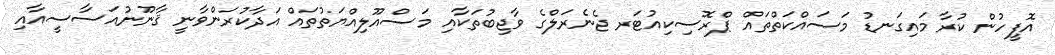
އޮފީހުން ކުރާ މައިގަނޑު މަސައްކަތްތައް ޕްރޮސިކިއުޓަރ ޖެނެރަލްގެ ވާޖިބުތަކާއި މަސްއޫލިއްޔަތުތައް އަދާކުރަންވާނީ ޤާނޫނުއަސާސީއާއި